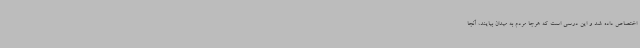
اختصاص داده شد و این درسی است که هرجا مردم به میدان بیایند، آنجا